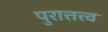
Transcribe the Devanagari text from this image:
पुरात्तत्त्व